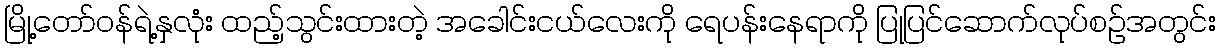
မြို့တော်ဝန်ရဲ့နှလုံး ထည့်သွင်းထားတဲ့ အခေါင်းငယ်လေးကို ရေပန်းနေရာကို ပြုပြင်ဆောက်လုပ်စဥ်အတွင်း